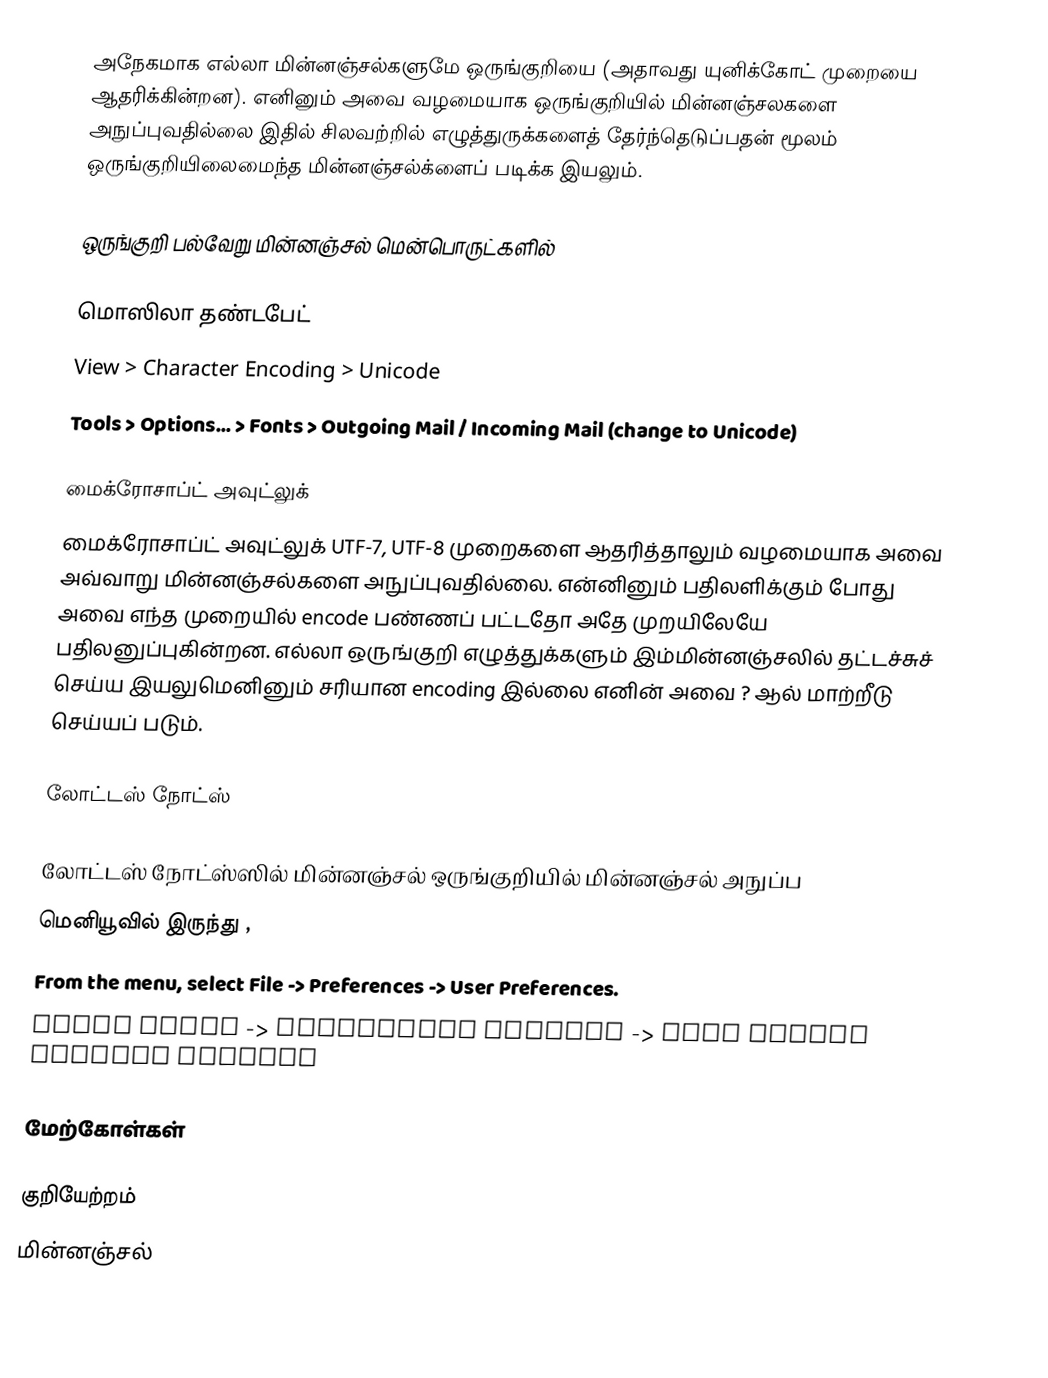
அநேகமாக எல்லா மின்னஞ்சல்களுமே ஒருங்குறியை (அதாவது யுனிக்கோட் முறையை ஆதரிக்கின்றன). எனினும் அவை வழமையாக ஒருங்குறியில் மின்னஞ்சலகளை அநுப்புவதில்லை இதில் சிலவற்றில் எழுத்துருக்களைத் தேர்ந்தெடுப்பதன் மூலம் ஒருங்குறியிலைமைந்த மின்னஞ்சல்க்ளைப் படிக்க இயலும்.

ஒருங்குறி பல்வேறு மின்னஞ்சல் மென்பொருட்களில்

மொஸிலா தண்டபேட்
View > Character Encoding > Unicode
Tools > Options… > Fonts > Outgoing Mail / Incoming Mail (change to Unicode)

மைக்ரோசாப்ட் அவுட்லுக்
மைக்ரோசாப்ட் அவுட்லுக் UTF-7, UTF-8 முறைகளை ஆதரித்தாலும் வழமையாக அவை அவ்வாறு மின்னஞ்சல்களை அநுப்புவதில்லை. என்னினும் பதிலளிக்கும் போது அவை எந்த முறையில் encode பண்ணப் பட்டதோ அதே முறயிலேயே பதிலனுப்புகின்றன. எல்லா ஒருங்குறி எழுத்துக்களும் இம்மின்னஞ்சலில் தட்டச்சுச் செய்ய இயலுமெனினும் சரியான encoding இல்லை எனின் அவை ? ஆல் மாற்றீடு செய்யப் படும்.

லோட்டஸ் நோட்ஸ்

லோட்டஸ் நோட்ஸ்ஸில் மின்னஞ்சல் ஒருங்குறியில் மின்னஞ்சல் அநுப்ப
மெனியூவில் இருந்து ,
 From the menu, select File -> Preferences -> User Preferences.
 under Basis -> Additional Options -> Tick Enable UNICODE Display

மேற்கோள்கள்

குறியேற்றம்
மின்னஞ்சல்